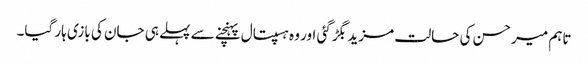
تاہم میر حسن کی حالت مزید بگڑ گئی اور وہ ہسپتال پہنچنے سے پہلے ہی جان کی بازی ہار گیا۔